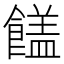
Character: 𩞖